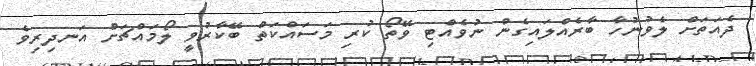
ދެއަތަށް ލެވުނުހާ ބާރެއްލައިގެން ނުވެއްޓި ވޭތޯ ކުރި މަސައްކަތް ބޭކާރުވީ ލޯމައްޗަށް އަނދިރިވެ